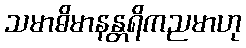
သမာဓိမာနန္တရိကညမာဟု